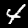
Digit: 4